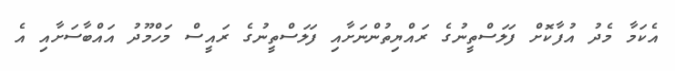
އެކަމާ މެދު އުފާކޮށް ފަލަސްތީނުގެ ރައްޔިތުންނަށާއި ފަލަސްތީނުގެ ރައީސް މަހްމޫދު އައްބާސަށާއި އެ